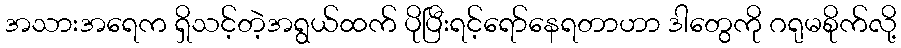
အသားအရေက ရှိသင့်တဲ့အရွယ်ထက် ပိုပြီးရင့်ရော်နေရတာဟာ ဒါတွေကို ဂရုမစိုက်လို့